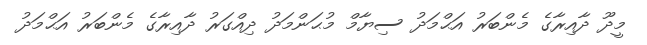
މީދޫ ދާއިރާގެ މެންބަރު އަޙްމަދު ސިޔާމް މުޙަންމަދު ދިއްގަރު ދާއިރާގެ މެންބަރު އަޙްމަދު